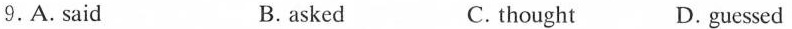
9.A. Said B.asked C. thought D.guessed